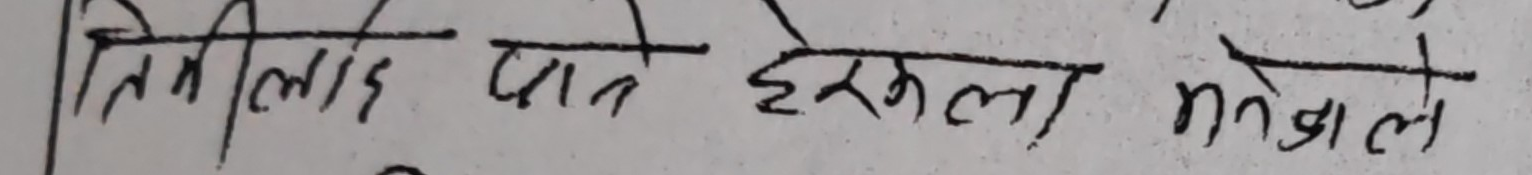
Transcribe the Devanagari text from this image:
तिमीलाई पनि हेरुकला भनेर